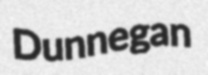
Dunnegan